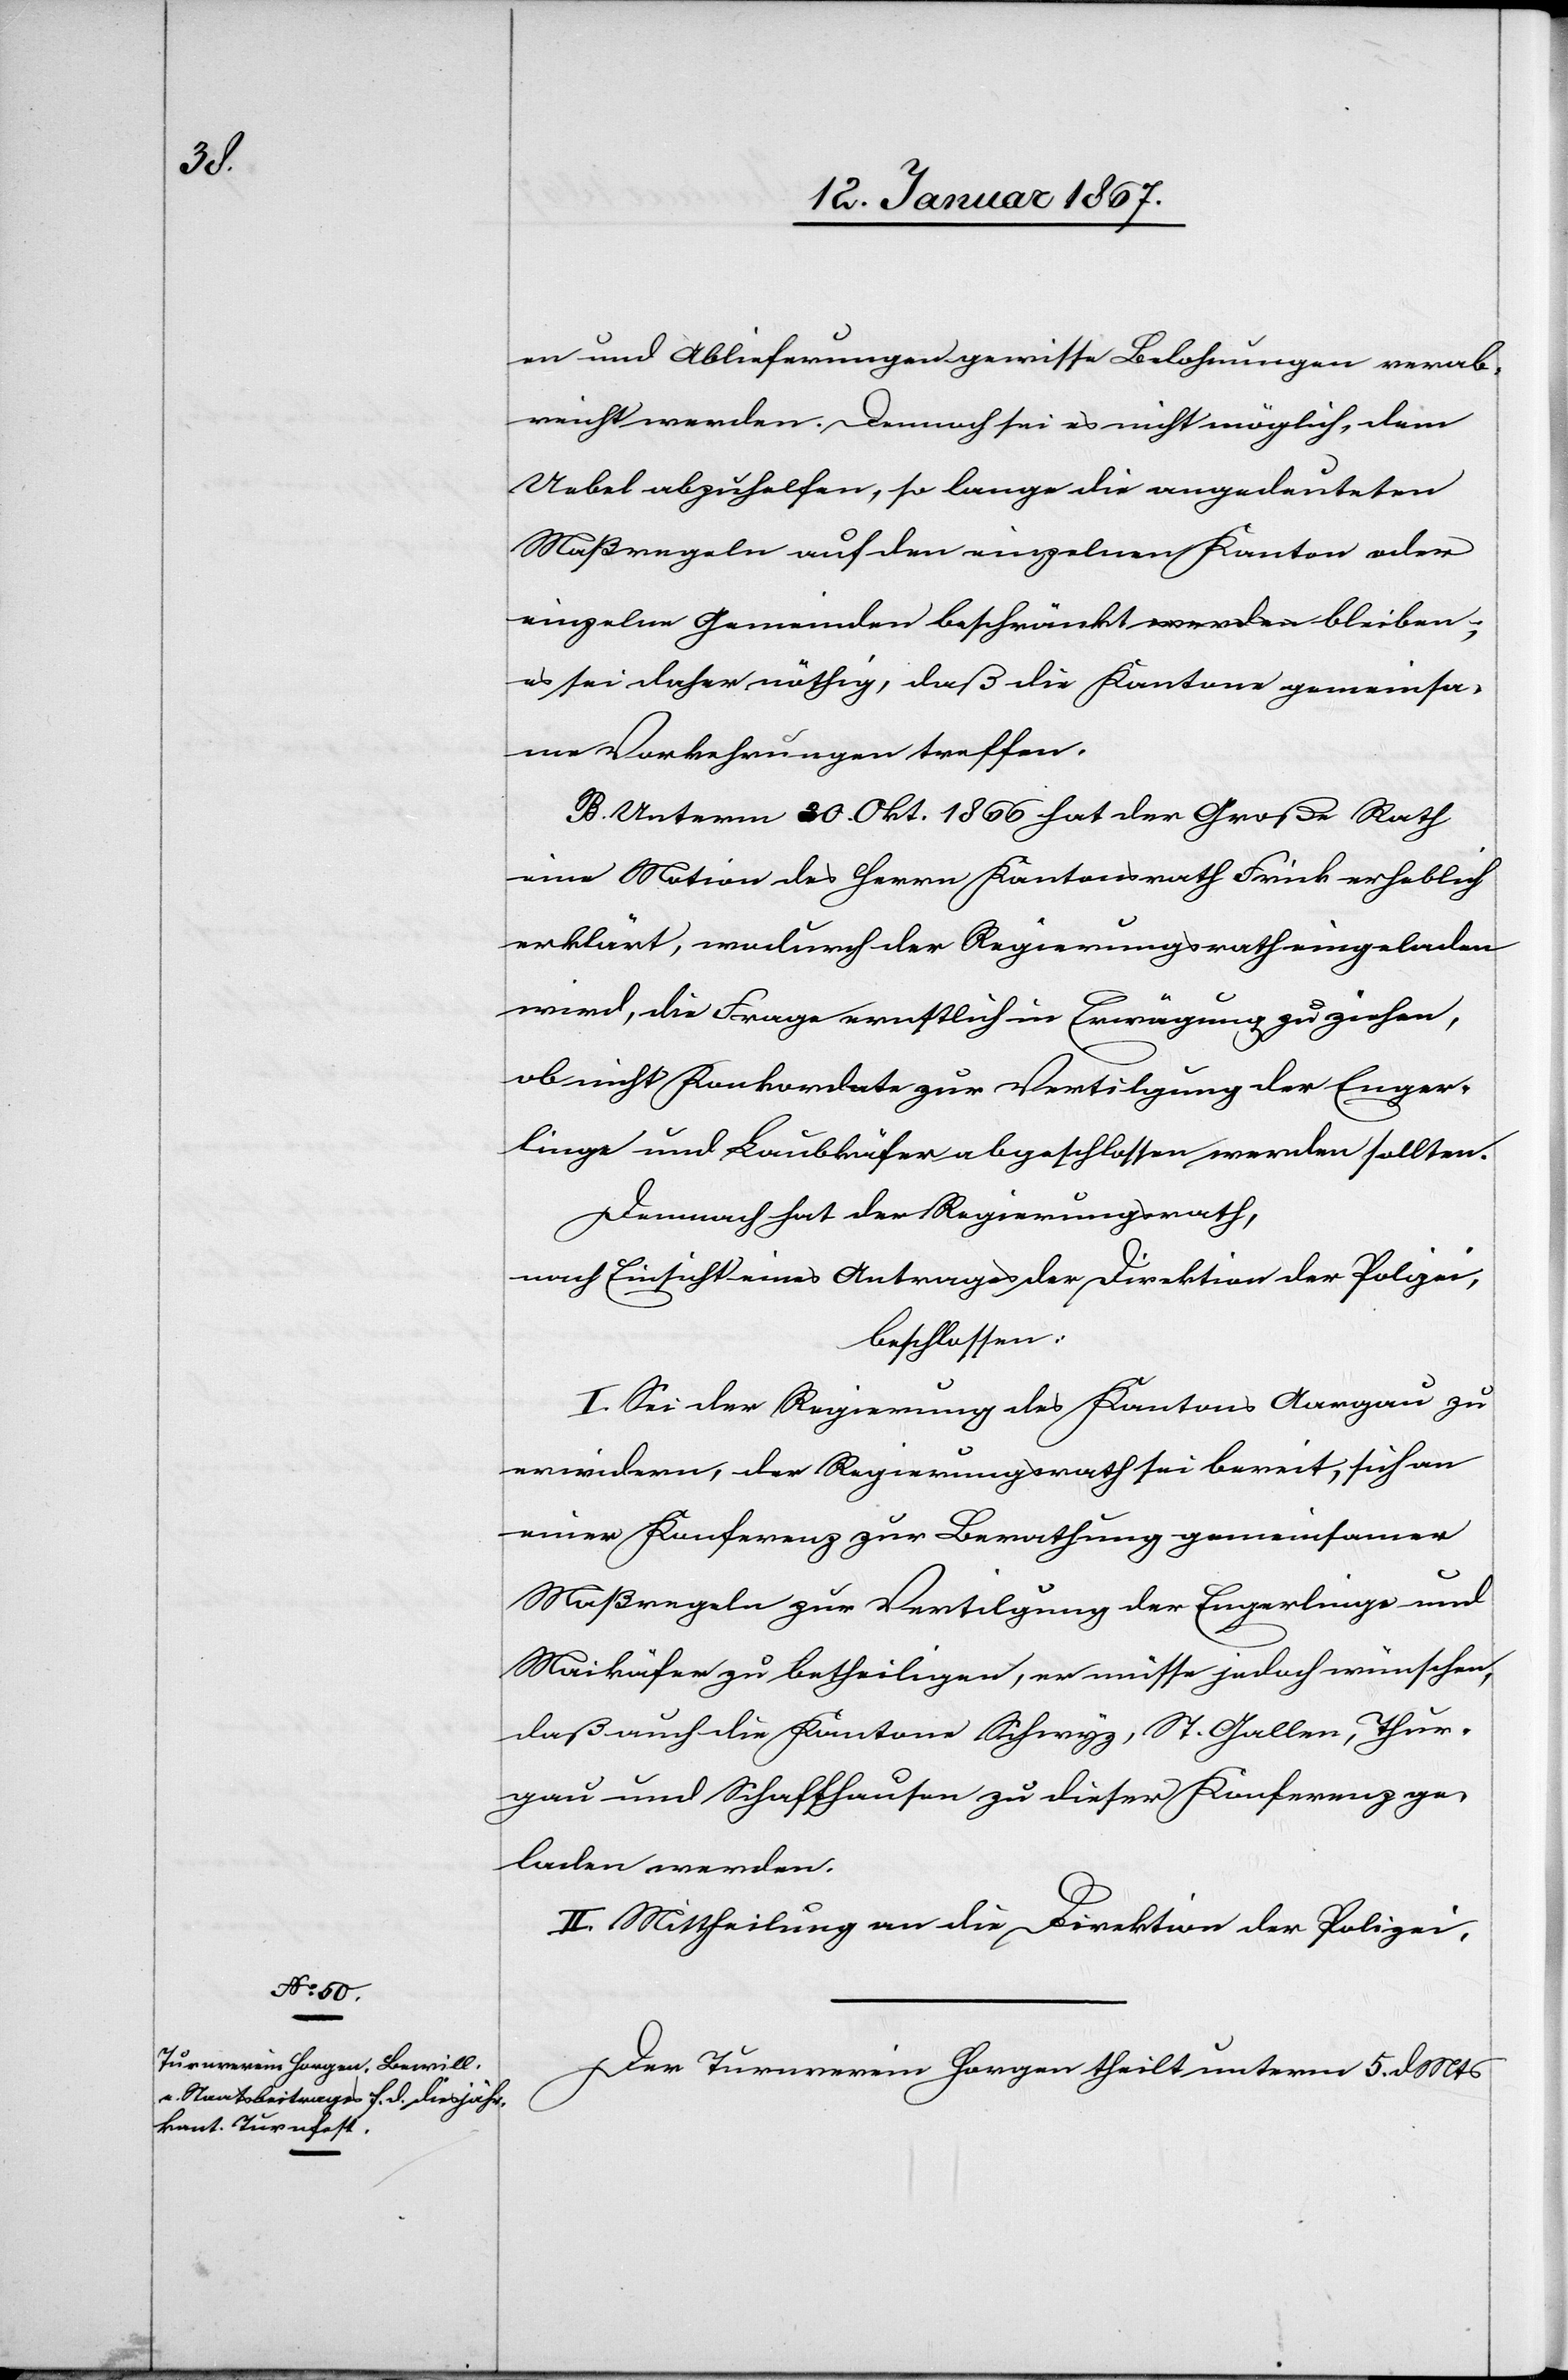
en und Ablieferungen gewisse Belohnungen verab¬
reicht werden. Dennoch sei es nicht möglich, dem
Uebel abzuhelfen, so lange die angedeuteten
Maßregeln auf den einzelnen Kanton oder
einzelne Gemeinden beschränkt bleiben;
es sei daher nöthig, daß die Kantone gemeinsa¬
me Vorkehrungen treffen.
B. Unterm 30. Okt. 1866 hat der Große Rath
eine Motion des Herrn Kantonsrath Frick erheblich
erklärt, wodurch der Regierungsrath eingeladen
wird, die Frage ernstlich in Erwägung zu ziehen,
ob nicht Konkordate zur Vertilgung der Enger¬
linge und Laubkäfer abgeschlossen werden sollten.
Demnach hat der Regierungsrath,
nach Einsicht eines Antrages der Direktion der Polizei,
beschlossen:
I. Sei der Regierung des Kantons Aargau zu
erwidern, der Regierungsrath sei bereit, sich an
einer Konferenz zur Berathung gemeinsamer
Maßregeln zur Vertilgung der Engerlinge und
Maikäfer zu betheiligen, er müsse jedoch wünschen,
daß auch die Kantone Schwyz, St. Gallen, Thur¬
gau und Schaffhausen zu dieser Konferenz ge¬
laden werden.
II. Mittheilung an die Direktion der Polizei.
Der Turnverein Horgen theilt unterm 5. d. Mts